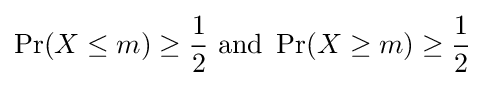
\Pr(X\leq m)\geq {\frac {1}{2}}{\text{ and }}\Pr(X\geq m)\geq {\frac {1}{2}}